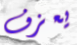
يعزف